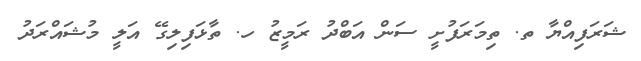
ޝަރަފިއްޔާ ތ. ތިމަރަފުށީ ސަން އަބްދު ރަމީޒު ހ. ތާޅަފިލިގޭ އަލީ މުޝައްރަދު